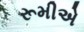
રૂમીએ